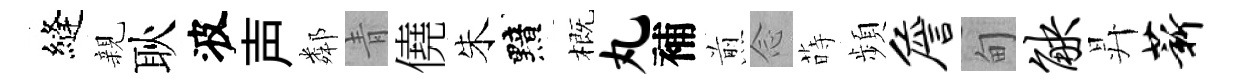
縫親耿波声鄰青僥朱黯概丸補煎𫝹蒔頻詹甸觖昇薪